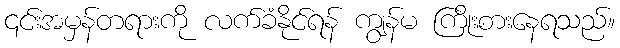
၎င်းအမှန်တရားကို လက်ခံနိုင်ရန် ကျွန်မ ကြိုးစားနေရသည်။